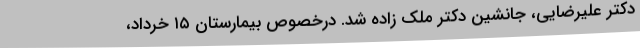
دکتر علیرضایی، جانشین دکتر ملک زاده شد. درخصوص بیمارستان ۱۵ خرداد،